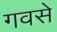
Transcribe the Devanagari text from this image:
गवसे